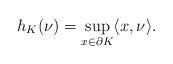
LaTeX: \begin{align*} h_K(\nu)=\sup_{x\in\partial K} \langle x,\nu\rangle.\end{align*}